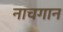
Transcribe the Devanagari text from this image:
नाचगान